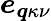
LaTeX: \boldsymbol{e}_{\boldsymbol{q}\kappa\nu}